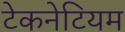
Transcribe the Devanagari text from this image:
टेकनेटियम